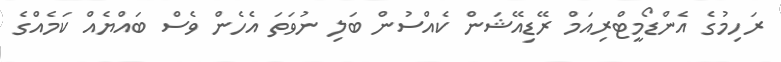
ރަހިމުގެ އެންޑޯމީޓްރިއަމް ރޭޑިއޭޝަން ކެއްސުން ބަލި ނުވަތަ އެހެން ވެސް ބައްޔެއް ކަމެއްގެ